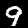
Label: 9